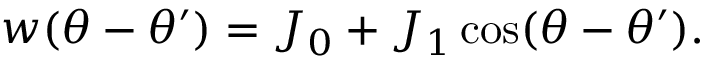
w ( \theta - \theta ^ { \prime } ) = J _ { 0 } + J _ { 1 } \cos ( \theta - \theta ^ { \prime } ) .